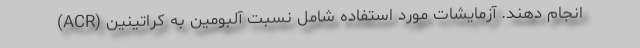
انجام دهند. آزمایشات مورد استفاده شامل نسبت آلبومین به کراتینین (ACR)